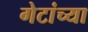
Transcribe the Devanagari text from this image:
गेटांच्या